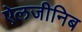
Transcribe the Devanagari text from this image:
ऐलजीनिब